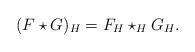
LaTeX: \begin{align*} (F \star G)_H = F_H \star_H G_H.\end{align*}